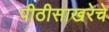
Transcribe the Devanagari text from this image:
पीठीसाखरेचे